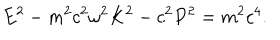
LaTeX: E ^ { 2 } - m ^ { 2 } c ^ { 2 } \omega ^ { 2 } K ^ { 2 } - c ^ { 2 } P ^ { 2 } = m ^ { 2 } c ^ { 4 } .